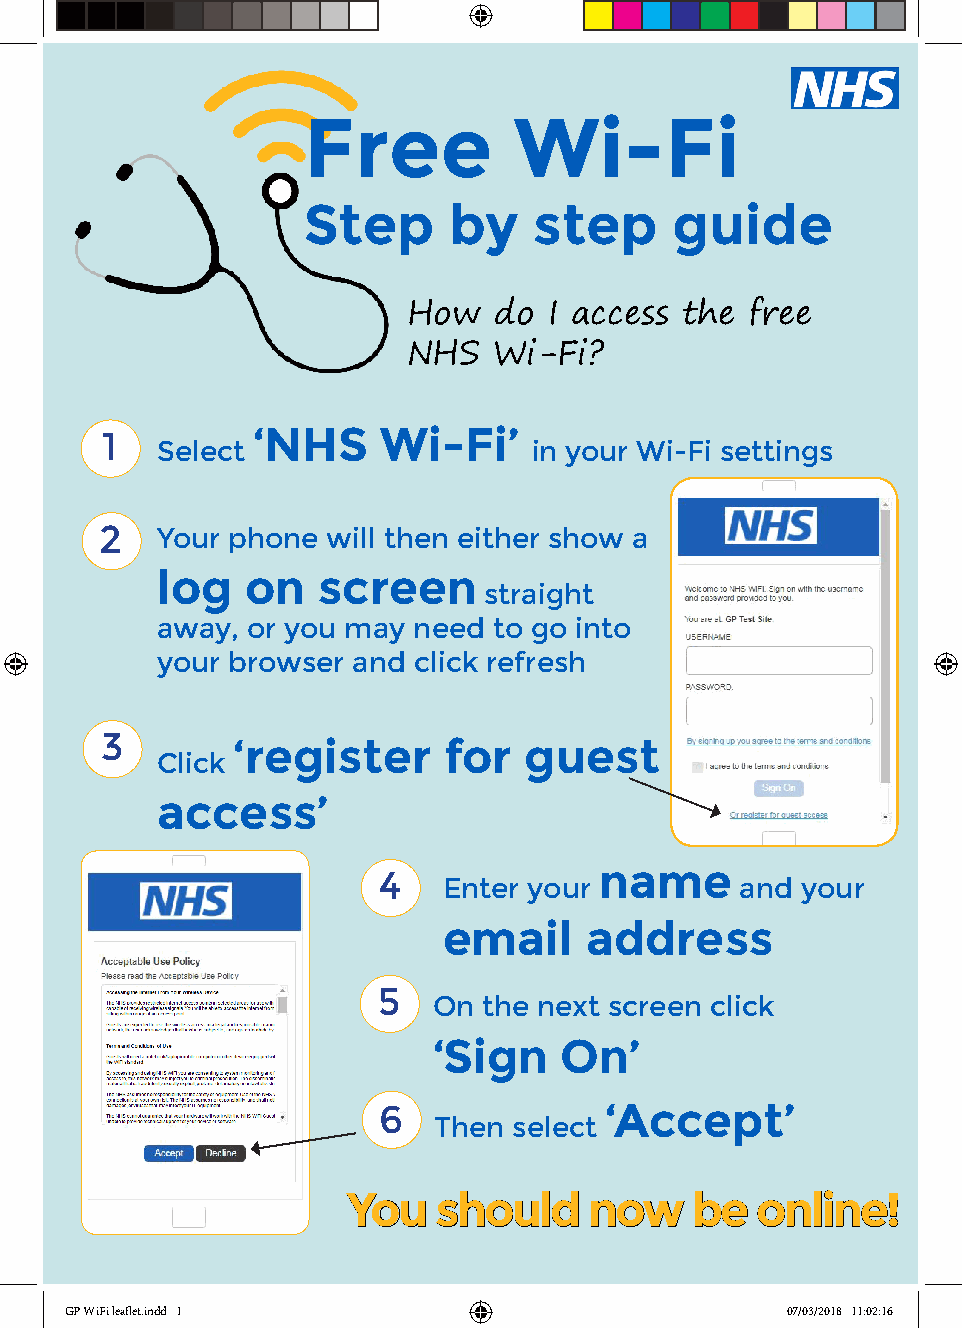
Free          Wi-Fi
 Step      by   step     guide
 How   do I access the  free
 NHS   Wi-Fi?
 1         ‘NHS    Wi-Fi’
 Select                   in your Wi-Fi settings
 2  Your phone  will then either show a
 log   on   screen
 straight
 away, or you may need  to go into
 your browser and click refresh
 3       ‘register     for   guest
 Click
 access’
 name
 4
 Enter your          and your
 email     address
 5
 On the next screen click
 ‘Sign   On’
 6              ‘Accept’
 Then select
 You   should    now    be  online!
 GP WiFi leaflet.indd 1                          07/03/2018 11:02:16